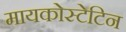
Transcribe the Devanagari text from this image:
मायकोस्टेटिन